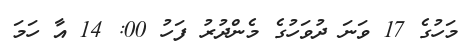
މަހުގެ 17 ވަނަ ދުވަހުގެ މެންދުރު ފަހު 00: 14 އާ ހަމަ